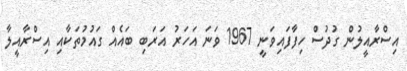
އިސްރާއީލުން ގުދުސް ހިފާފައިވަނީ 1967 ވަނަ އަހަރު އަރަބި ބައެއް ގައުމުތަކާއި އިސްރާއީލާ